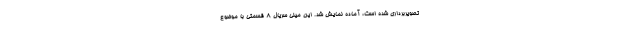
تصویربرداری شده است، آماده نمایش شد. این مینی سریال 8 قسمتی با موضوع